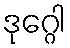
ဒုဂ္ဂေါ